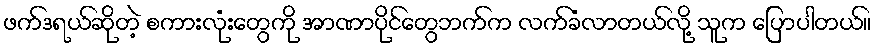
ဖက်ဒရယ်ဆိုတဲ့ စကားလုံးတွေကို အာဏာပိုင်တွေဘက်က လက်ခံလာတယ်လို့ သူက ပြောပါတယ်။